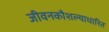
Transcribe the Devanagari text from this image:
जीवनकौशल्याधारित